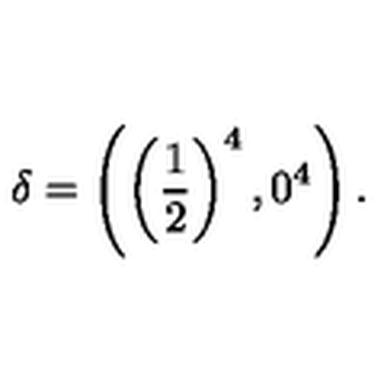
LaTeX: \delta = \left( \left( \frac { 1 } { 2 } \right) ^ { 4 } , 0 ^ { 4 } \right) .